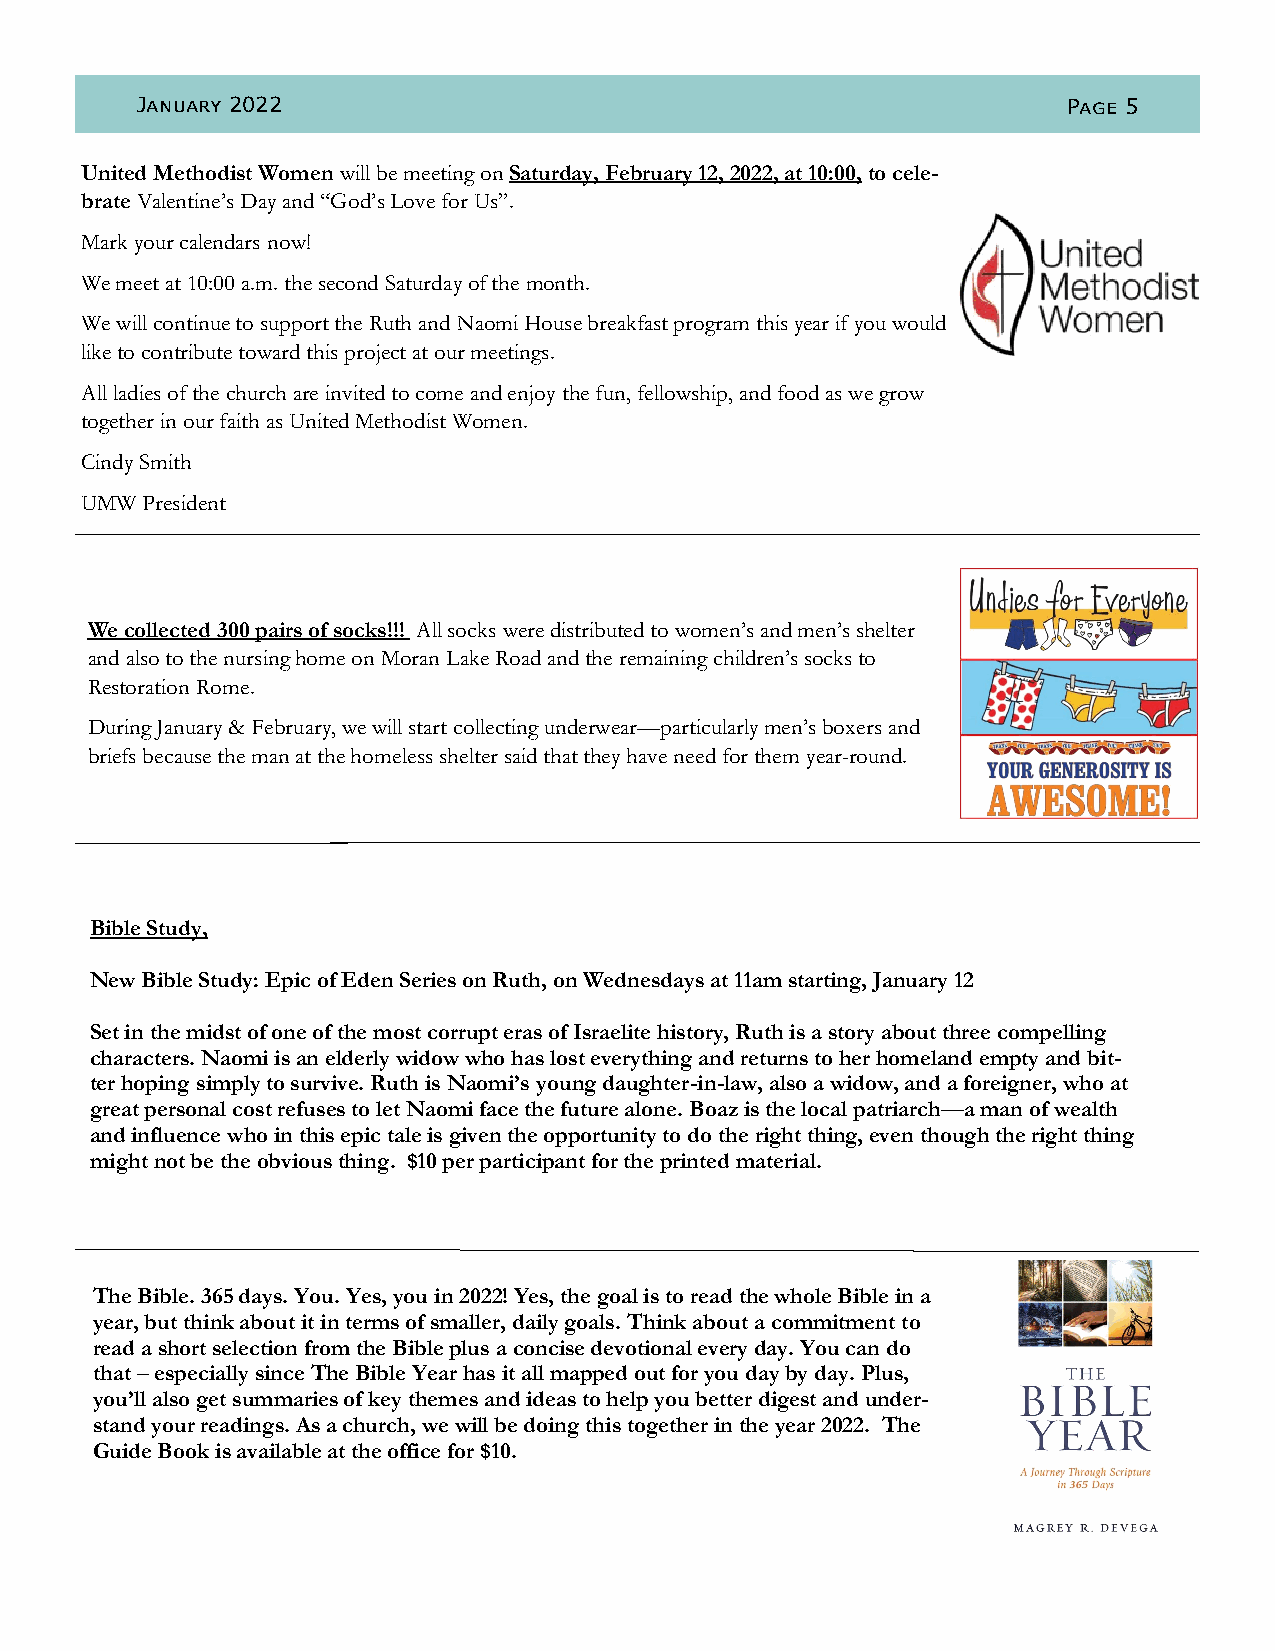
January 2022                                                  Page 5
 United Methodist Women will be meeting on Saturday, February 12, 2022, at 10:00, to cele-
 brate Valentine’s Day and “God’s Love for Us”.
 Mark your calendars now!
 We meet at 10:00 a.m. the second Saturday of the month.
 We will continue to support the Ruth and Naomi House breakfast program this year if you would
 like to contribute toward this project at our meetings.
 All ladies of the church are invited to come and enjoy the fun, fellowship, and food as we grow
 together in our faith as United Methodist Women.
 Cindy Smith
 UMW President
 We collected 300 pairs of socks!!! All socks were distributed to women’s and men’s shelter
 and also to the nursing home on Moran Lake Road and the remaining children’s socks to
 Restoration Rome.
 During January & February, we will start collecting underwear—particularly men’s boxers and
 briefs because the man at the homeless shelter said that they have need for them year-round.
 Bible Study,
 New Bible Study: Epic of Eden Series on Ruth, on Wednesdays at 11am starting, January 12
 Set in the midst of one of the most corrupt eras of Israelite history, Ruth is a story about three compelling
 characters. Naomi is an elderly widow who has lost everything and returns to her homeland empty and bit-
 ter hoping simply to survive. Ruth is Naomi’s young daughter-in-law, also a widow, and a foreigner, who at
 great personal cost refuses to let Naomi face the future alone. Boaz is the local patriarch—a man of wealth
 and influence who in this epic tale is given the opportunity to do the right thing, even though the right thing
 might not be the obvious thing. $10 per participant for the printed material.
 The Bible. 365 days. You. Yes, you in 2022! Yes, the goal is to read the whole Bible in a
 year, but think about it in terms of smaller, daily goals. Think about a commitment to
 read a short selection from the Bible plus a concise devotional every day. You can do
 that – especially since The Bible Year has it all mapped out for you day by day. Plus,
 you’ll also get summaries of key themes and ideas to help you better digest and under-
 stand your readings. As a church, we will be doing this together in the year 2022. The
 Guide Book is available at the office for $10.